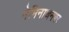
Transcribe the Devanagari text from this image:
नेमिनाथनगर